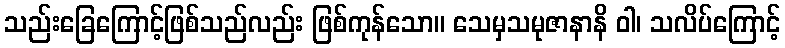
သည်းခြေကြောင့်ဖြစ်သည်လည်း ဖြစ်ကုန်သော။ သေမှသမုဇာနာနိ ဝါ၊ သလိပ်ကြောင့်